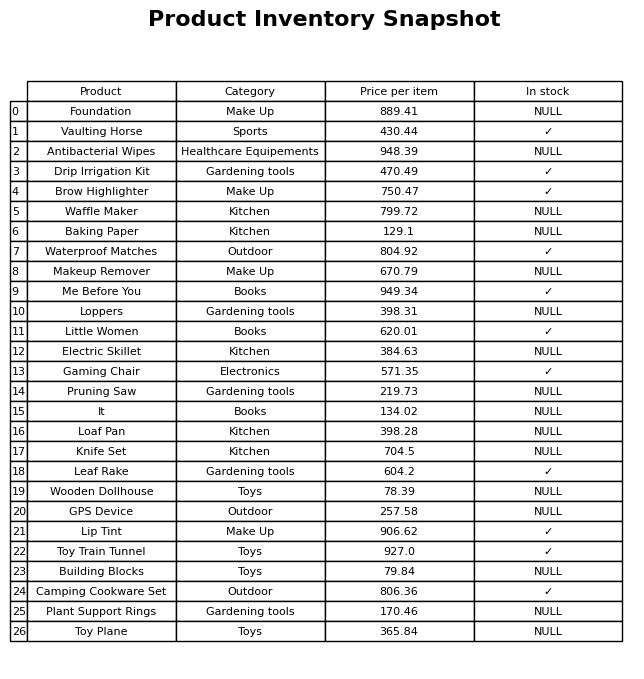
question: What is the price of the Leaf Rake?
answer: The price of Leaf Rake is 604.2.